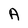
Character: A